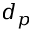
d _ { p }